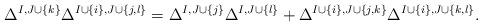
LaTeX: \begin{align*}\Delta^{I,J\cup\{k\}}\Delta^{I\cup\{i\},J\cup\{j,l\}}=\Delta^{I,J\cup\{j\}}\Delta^{I,J\cup\{l\}}+\Delta^{I\cup\{i\},J\cup\{j,k\}}\Delta^{I\cup \{i\}, J\cup\{k,l\}}.\end{align*}